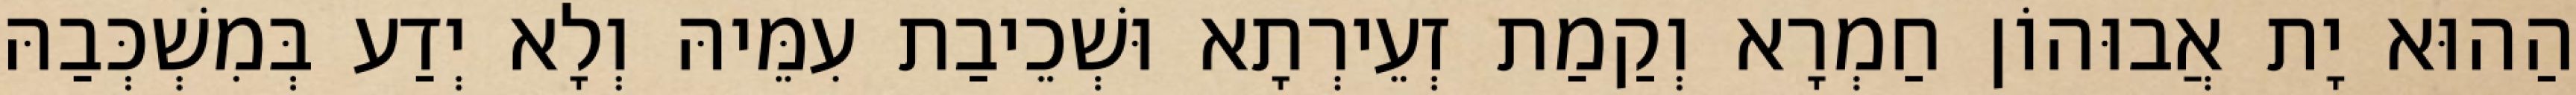
הַהוּא יָת אֲבוּהוֹן חַמְרָא וְקַמַת זְעֵירְתָא וּשְׁכֵיבַת עִמֵּיהּ וְלָא יְדַע בְּמִשְׁכְּבַהּ